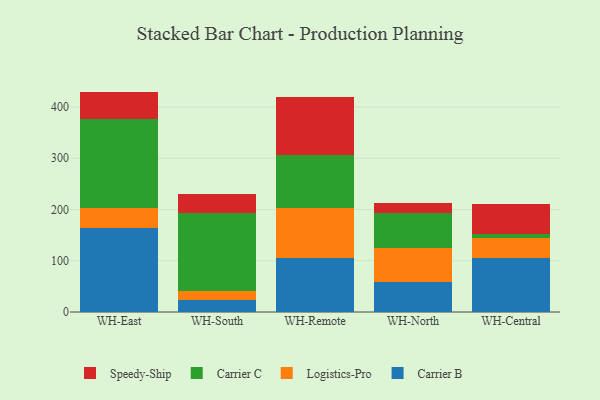
{"axis": {"x": "Warehouse", "y": "Page Views"}, "legend": ["Carrier B", "Carrier C", "Logistics-Pro", "Speedy-Ship"], "data": [{"x": "WH-East", "y": 164.2, "type": "Carrier B"}, {"x": "WH-East", "y": 38.8, "type": "Logistics-Pro"}, {"x": "WH-East", "y": 173.5, "type": "Carrier C"}, {"x": "WH-East", "y": 53.5, "type": "Speedy-Ship"}, {"x": "WH-South", "y": 22.5, "type": "Carrier B"}, {"x": "WH-South", "y": 17.7, "type": "Logistics-Pro"}, {"x": "WH-South", "y": 152.6, "type": "Carrier C"}, {"x": "WH-South", "y": 36.5, "type": "Speedy-Ship"}, {"x": "WH-Remote", "y": 105.0, "type": "Carrier B"}, {"x": "WH-Remote", "y": 97.7, "type": "Logistics-Pro"}, {"x": "WH-Remote", "y": 104.4, "type": "Carrier C"}, {"x": "WH-Remote", "y": 112.0, "type": "Speedy-Ship"}, {"x": "WH-North", "y": 59.5, "type": "Carrier B"}, {"x": "WH-North", "y": 64.6, "type": "Logistics-Pro"}, {"x": "WH-North", "y": 69.9, "type": "Carrier C"}, {"x": "WH-North", "y": 17.9, "type": "Speedy-Ship"}, {"x": "WH-Central", "y": 105.0, "type": "Carrier B"}, {"x": "WH-Central", "y": 39.9, "type": "Logistics-Pro"}, {"x": "WH-Central", "y": 6.8, "type": "Carrier C"}, {"x": "WH-Central", "y": 58.9, "type": "Speedy-Ship"}]}